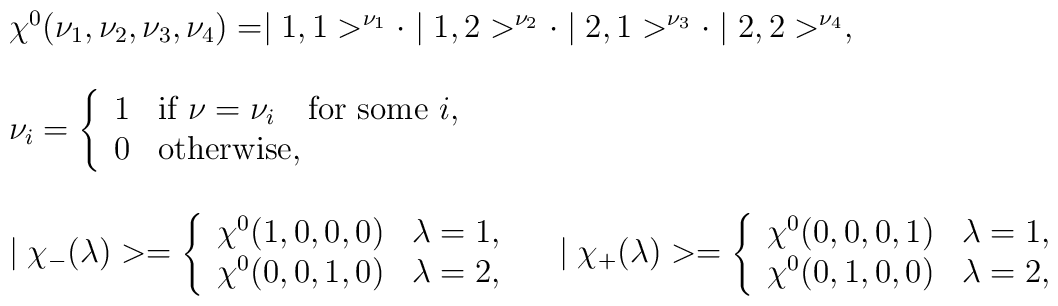
\begin{array}{l}\chi^{0}(\nu_{1},\nu_{2},\nu_{3},\nu_{4})=\mid 1,1>^{\nu_{1}}\cdot\mid 1,2>^{\nu_{2}}\cdot\mid 2,1>^{\nu_{3}}\cdot\mid 2,2>^{\nu_{4}},\\\\\nu_{i}= \left\{ \begin{array}{ll}                   1   & \mbox{if $\nu=\nu_{i}$}\quad  \mbox{for some $i$,} \\                   0   & \mbox{otherwise},                   \end{array}\right. \\\\\mid\chi_{-}(\lambda)>=\left\{ \begin{array}{ll}                   \chi^{0}(1,0,0,0)   & \lambda=1, \\                   \chi^{0}(0,0,1,0)   & \lambda=2,                   \end{array}\right. \quad\mid\chi_{+}(\lambda)>=\left\{ \begin{array}{ll}                   \chi^{0}(0,0,0,1)   & \lambda=1, \\                   \chi^{0}(0,1,0,0)   & \lambda=2,                   \end{array}\right.\end{array}